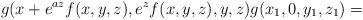
LaTeX: \begin{align*} g(x+e^{az} f(x,y,z),e^z f(x,y,z),y,z) g(x_1,0,y_1,z_1)= \end{align*}